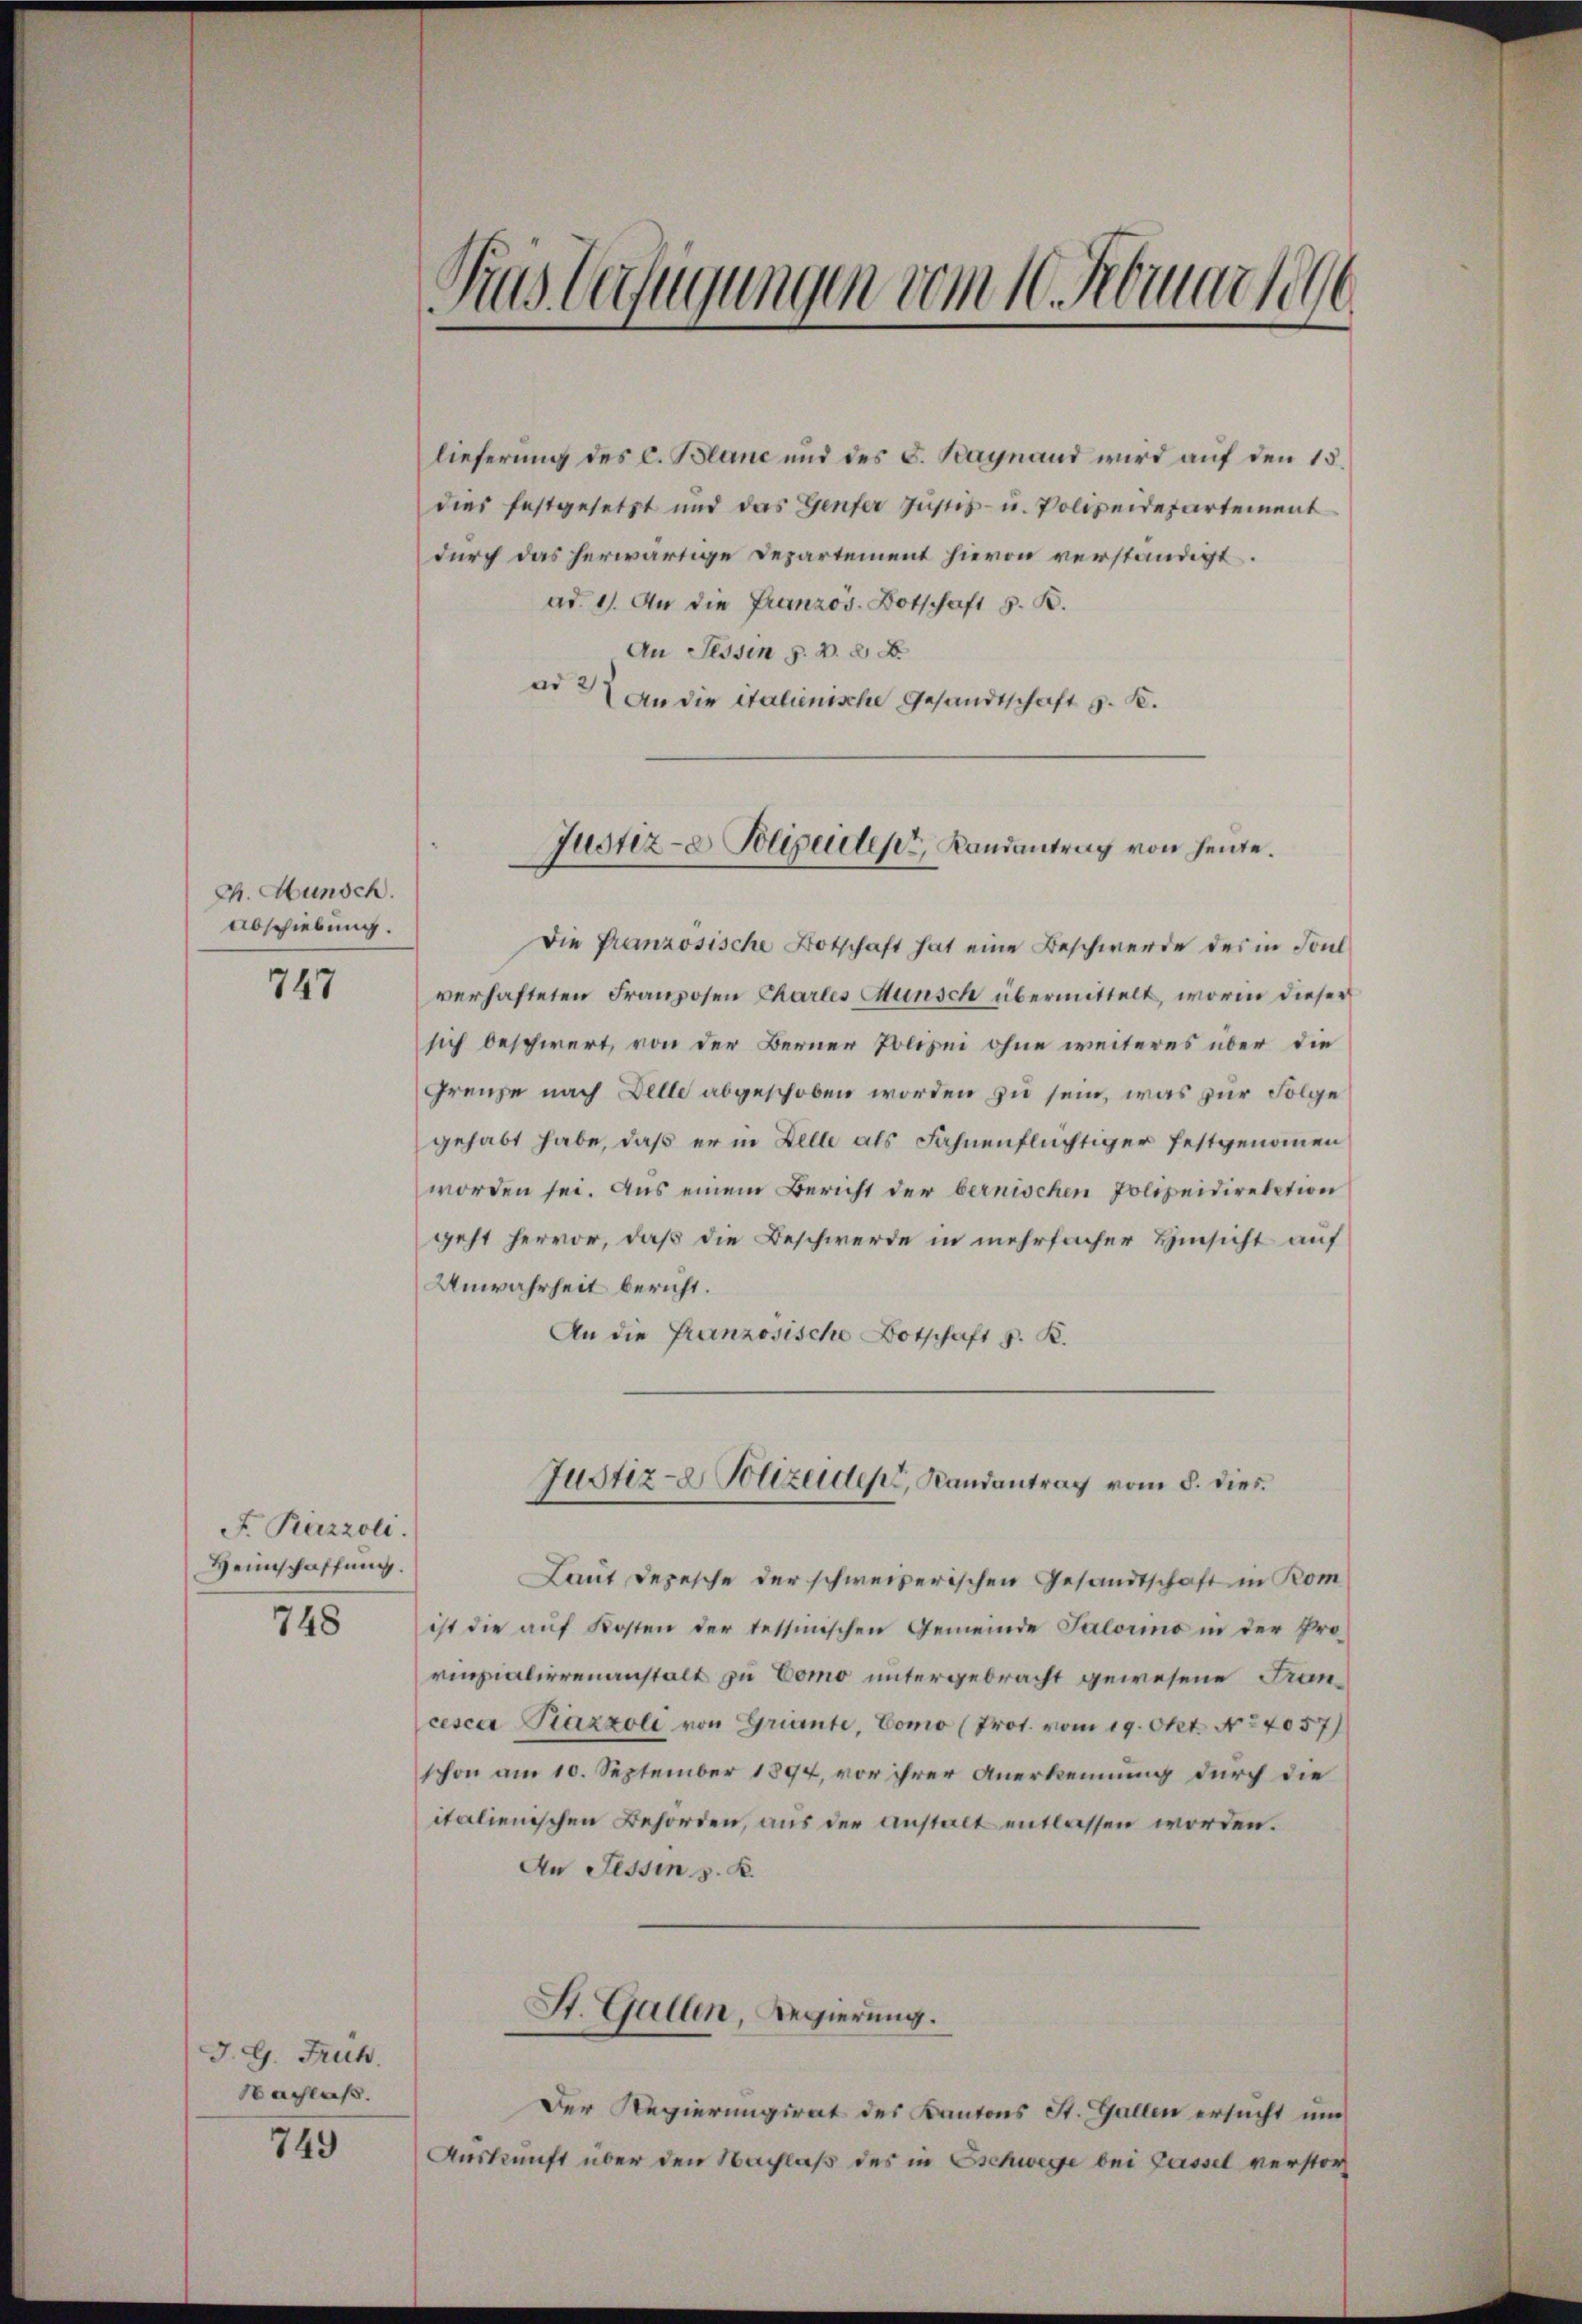
Ch. Hunsch.
Abschiebung.
747

F. Razzoli.
Heimschaffung.
748

J. G. Früh.
Nachlaß.

749

lieferung des C. Blanc und des S. Baynand wird auf den 15.
dies festgesetzt und das Genfer Justiz- u. Polizeidepartement
durch das herwärtige Departement hievon verständigt.
ad. 1. An die Franzos. Botschaft z. B.
An Tessin . . . .
ad 37 an die italienische Gesandtschaft z. K.

Aus Verfügungen vom 10. erwarte

Die französische Botschaft hat eine Beschwerde des in Soul
verhafteten Franzosen Chartes Münsch übermittelt, worin dieser
sich beschwert, von der Berner Polizei ohne weiteres über die
Grenze nach Delle abgeschoben worden zu sein, was zur Folge
gehabt habe, daß er in Delle als Fahnenflüchtiger festgenommen
worden sei. Aus einem Bericht der bernischen Polizeidirektion
geht hervor, daß die Beschwerde in mehrfacher Hinsicht auf
Anwahrheit bericht.
An die Französische Botschaft z. K.
Laut Depesche der schweizerischen Gesandtschaft in Rom
ist die auf Kosten der tessinischen Gemeinde Salorino in der Prorinzialierenanstalt zu Como untergebracht gewesene Francescar Taxzoli von Griante, Como (Prot. vom 19. Okt. No 7057)
schon am 10. September 1894, vor ihrer Anerkennung durch die
italienischen Behörden, aus der Anstalt entlassen worden.
An Tessin z. R.
St. Gallen, Regierung.
Der Regierungsrat des Kantons St. Gallen ersucht und
Auskunft über den Nachlaß des in Eschwege bei Cassel verstor¬

Justiz- & Polizeider, Landantrag von heute.

Justiz- & Polizeide, Landantrag vom 8. dies